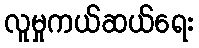
လူမှုကယ်ဆယ်ရေး